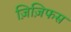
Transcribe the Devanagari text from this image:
ज़िज़िफस